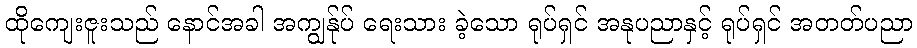
ထိုကျေးဇူးသည် နောင်အခါ အကျွန်ုပ် ရေးသား ခဲ့သော ရုပ်ရှင် အနုပညာနှင့် ရုပ်ရှင် အတတ်ပညာ